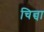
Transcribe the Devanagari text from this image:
चिन्चा